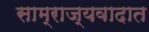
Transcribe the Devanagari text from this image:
साम्राज्यवादात